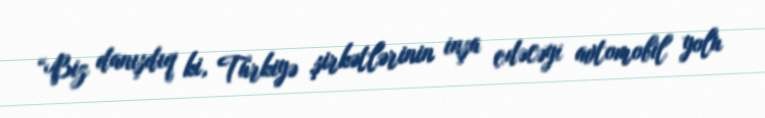
“Biz danışdıq ki, Türkiyə şirkətlərinin inşa edəcəyi avtomobil yolu